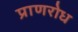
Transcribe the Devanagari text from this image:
प्राणरोध